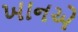
ખાનએ